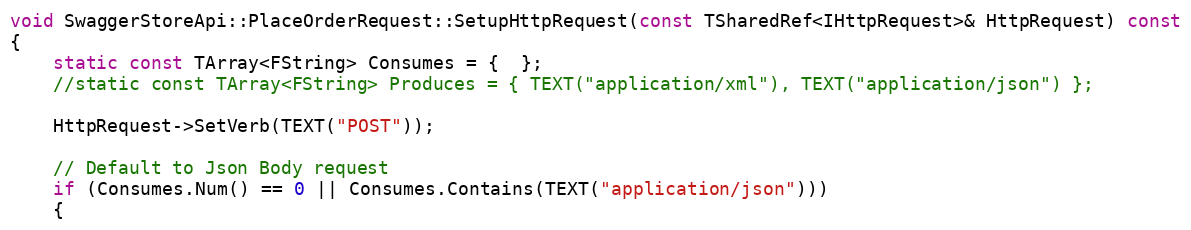
Language: C++
void SwaggerStoreApi::PlaceOrderRequest::SetupHttpRequest(const TSharedRef<IHttpRequest>& HttpRequest) const
{
	static const TArray<FString> Consumes = {  };
	//static const TArray<FString> Produces = { TEXT("application/xml"), TEXT("application/json") };

	HttpRequest->SetVerb(TEXT("POST"));

	// Default to Json Body request
	if (Consumes.Num() == 0 || Consumes.Contains(TEXT("application/json")))
	{